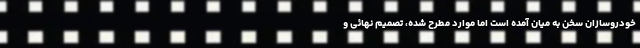
خودروسازان سخن به میان آمده است اما موارد مطرح شده، تصمیم نهائی و